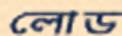
লোড